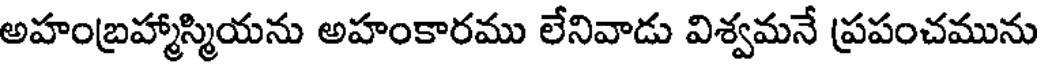
అహంబ్రహ్మాస్మియను అహంకారము లేనివాడు విశ్వమనే ప్రపంచమును